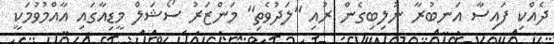
ދެއްކި ފައިސާ އަނބުރާ ނުލިބިގެން ރުއި "ލަދުވެތި" މަންޒަރު ސޯޝަލް މީޑިއާގައި އާއްމުވުމަކީ